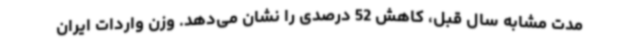
مدت مشابه سال قبل، کاهش 52 درصدی را نشان می‌دهد. وزن واردات ایران